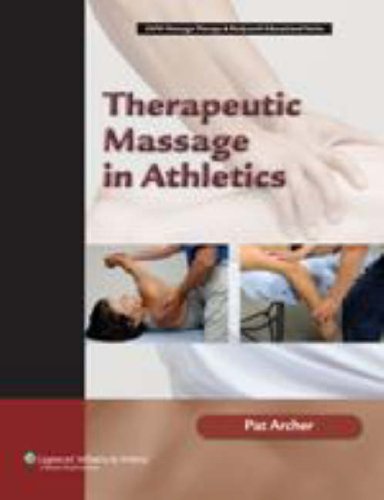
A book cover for Therapeutic Massage in Athletics (Lww Massage Therapy & Bodywork Educational Series); Pat Archer MS  ATC  LMP; Medical Books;